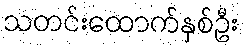
သတင်းထောက်နှစ်ဦး